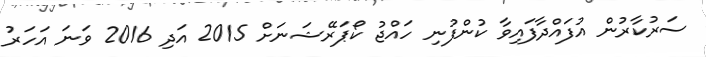
ސަރުކާރުން އުފައްދާފައިވާ ކުންފުނި ހައްޖު ކޯޕަރޭޝަނަށް 2015 އަދި 2016 ވަނަ އަހަރު